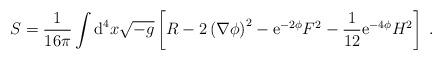
LaTeX: \begin{align*}S = \frac{1}{16 \pi} \int \mbox{d}^{4} x \sqrt{- g}\left[ R - 2 \left( \nabla \phi \right)^{2} - \mbox{e}^{-2 \phi} F^{2} - \frac{1}{12} \mbox{e}^{- 4 \phi} H^2\right] \; . \end{align*}